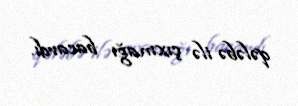
qələbə ilə çıxmağı bacardı.